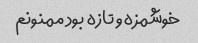
خوشمزه و تازه بود ممنونم